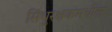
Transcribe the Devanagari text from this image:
सिंधुरक्षकमधील